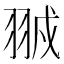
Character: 䎉